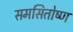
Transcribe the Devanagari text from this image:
समसितोष्ण